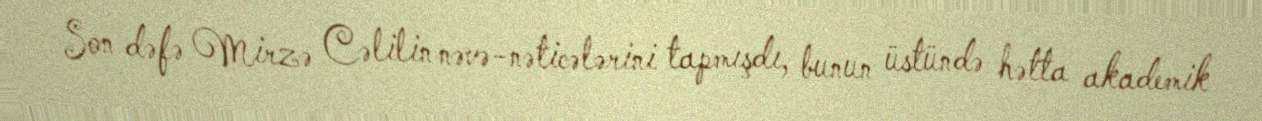
Son dəfə Mirzə Cəlilin nəvə-nəticələrini tapmışdı, bunun üstündə hətta akademik